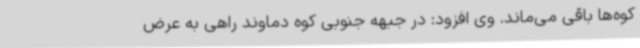
کوه‌ها باقی می‌ماند. وی افزود: در جبهه جنوبی کوه دماوند راهی به عرض